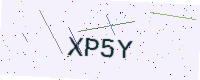
Text: XP5Y